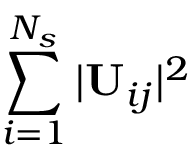
\sum _ { i = 1 } ^ { N _ { s } } \vert \mathbf { U } _ { i j } \vert ^ { 2 }